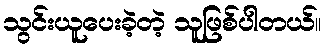
သွင်းယူပေးခဲ့တဲ့ သူဖြစ်ပါတယ်။